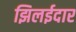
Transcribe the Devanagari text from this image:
झिलईदार